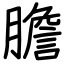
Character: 膽